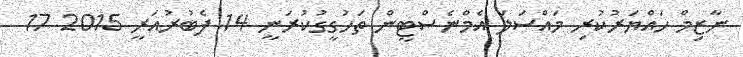
ނާޒިމް ހައްޔަރުކުރި މައްސަލަ އެމްނެސްޓީން ތަހުގީގުކުރަނީ 14 ފެބުރުއަރީ 2015 17